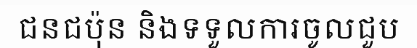
ជនជប៉ុន និងទទួលការចូលជួប